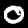
Label: 0